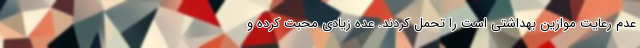
عدم رعایت موازین بهداشتی است را تحمل کردند. عده زیادی محبت کرده و